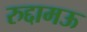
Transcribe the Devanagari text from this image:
रुद्दामऊ